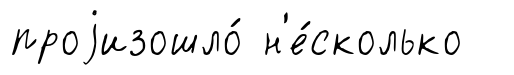
проjизошло́ н'е́сколько